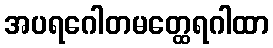
အပရဂေါတမတ္ထေရဂါထာ